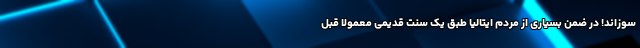
سوزاند! در ضمن بسیاری از مردم ایتالیا طبق یک سنت قدیمی معمولا قبل